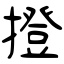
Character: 撜